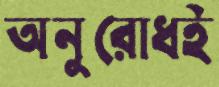
অনুরোধই